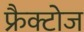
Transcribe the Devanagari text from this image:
फ्रैक्टोज